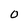
Character: 0